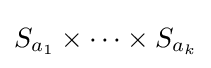
S_{a_{1}}\times \cdots \times S_{a_{k}}